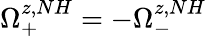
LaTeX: \Omega_{+}^{z,NH}=-\Omega_{-}^{z,NH}